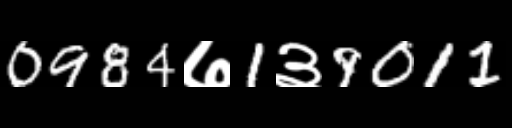
Text: 0984७1३9011